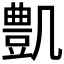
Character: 𠙫